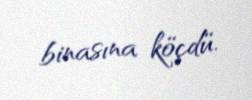
binasına köçdü.